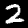
Digit: 2